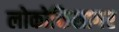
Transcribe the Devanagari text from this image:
लोकोक्तिसागर